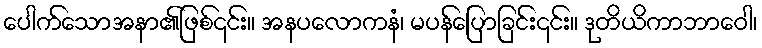
ပေါက်သောအနာ၏ဖြစ်၎င်း။ အနပလောကနံ၊ မပန်ပြောခြင်း၎င်း။ ဒုတိယိကာဘာဝေါ၊